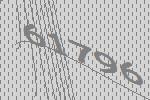
61796